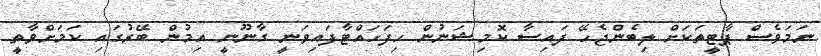
ނަމަވެސް ޕާޓީތަކަށް ލިބެންޖެހޭ ފައިސާ ކޮމިޝަނުން ހިފަހައްޓާފައިވަނީ ގާނޫނީ އިމުން ބޭރުގައި ކަމަށްވާތީ